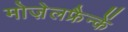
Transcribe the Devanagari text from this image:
मोज़ेलफ्रैन्कें